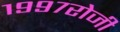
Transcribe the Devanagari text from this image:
१९९७रोजी